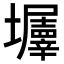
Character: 𡓹